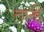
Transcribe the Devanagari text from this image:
तान्हें